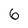
Character: 6